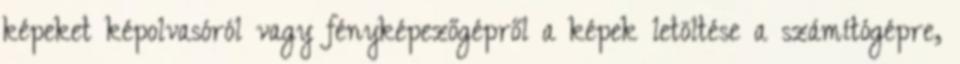
képeket képolvasóról vagy fényképezőgépről a képek letöltése a számítógépre,